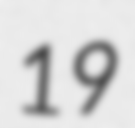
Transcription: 19